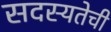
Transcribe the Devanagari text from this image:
सदस्यतेची